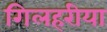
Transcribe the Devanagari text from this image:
गिलहरीया